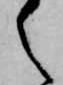
之